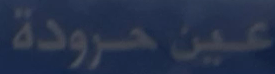
عين-حرودة